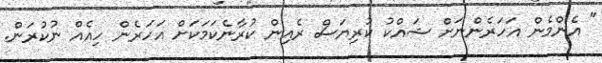
" އެންމެން އަހަރެންނަށް ޝައްކު ކުރިޔަސް ރެއިން ކުރާނެކަމަކަށް އަހަރެން ހިއެއް ނުކުރަން.